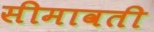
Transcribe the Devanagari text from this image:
सीमावती